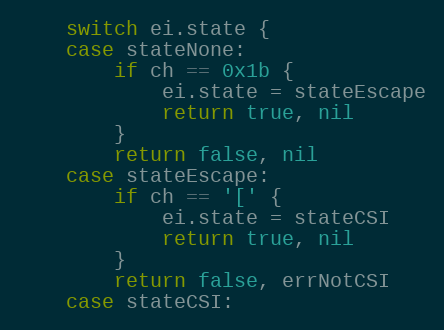
Language: Go
	switch ei.state {
	case stateNone:
		if ch == 0x1b {
			ei.state = stateEscape
			return true, nil
		}
		return false, nil
	case stateEscape:
		if ch == '[' {
			ei.state = stateCSI
			return true, nil
		}
		return false, errNotCSI
	case stateCSI: